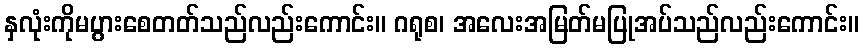
နှလုံးကိုမပွားစေတတ်သည်လည်းကောင်း။ ဂရုစ၊ အလေးအမြတ်မပြုအပ်သည်လည်းကောင်း။